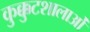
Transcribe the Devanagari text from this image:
कुक्कुटशालाओं